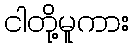
ငါတို့မူကား